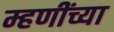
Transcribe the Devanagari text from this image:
म्हणींच्या